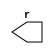
module nest(r);

   output [7:0] r;
   reg [7:0] r;

   task incr;
      input [7:0] a;
      begin
	 r <= r+a;
	 #1 $display("R=%b",r);
      end
   endtask

endmodule